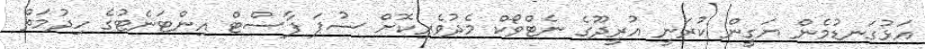
އަޅުގަނޑުމެން ޔަގީން ކުރަނީ އުރީދޫގެ ނެޓްވޯކް މެދުވެރިކޮށް ސުޕަ ފާސްޓް އިންޓަނެޓުގެ ހިދުމަތް